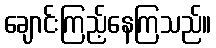
ချောင်းကြည့်နေကြသည်။